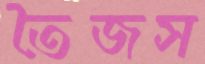
তৈজস